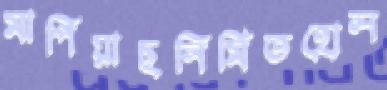
মাপিয়াছনির্মিতহোল